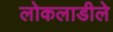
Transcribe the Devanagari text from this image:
लोकलाडीले